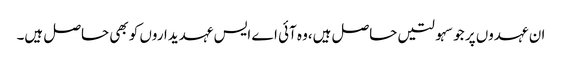
ان عہدوں پر جو سہولتیں حاصل ہیں،وہ آئی اے ایس عہدیداروں کو بھی حاصل ہیں۔